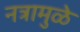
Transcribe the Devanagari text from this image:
नत्रामुळे